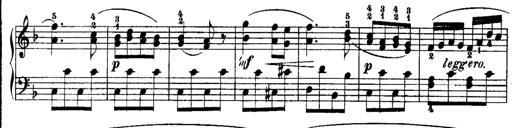
Title: Rondos and Sonatinas for Pianoforte
Composer: Daniel Steibelt